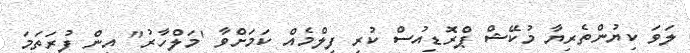
ލަވަ ކިޔުންތެރިޔާ މުކޭޝް ޕްރޮޑިއުސް ކުރި ފިލްމެއް ކަމަށްވާ 'މަލްހާރު" އިން ފުރަތަމަ